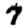
Digit: 7